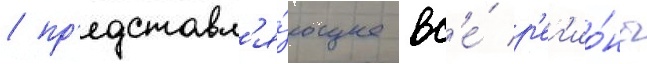
/ пр'едставл'я́ющее вс'е́ р'ег'ио́ны